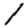
Digit: 1